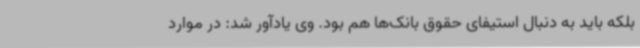
بلکه باید به دنبال استیفای حقوق بانک‌ها هم بود. وی یادآور شد: در موارد